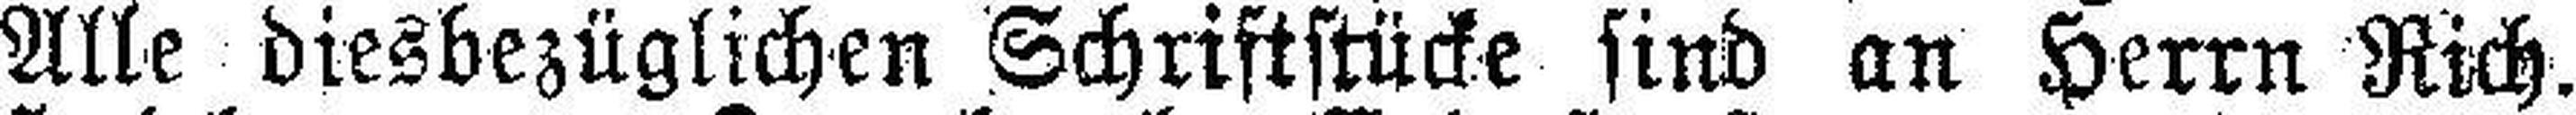
Alle diesbezüglichen Schriftstücke sind an Herrn Rich.